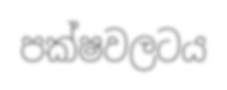
පක්ෂවලටය